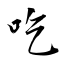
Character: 吃